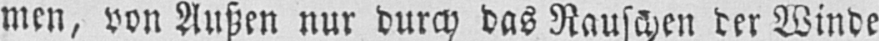
men, von Außen nur durch das Rauschen der Winde